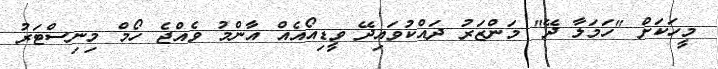
މީހަކަށް "ހަމަލާ ދޭ" މަންޒަރު ދައްކުވައިދޭ ވީޑިއޯއެއް އާންމު ވެއްޖެ ހޯމް މިނިސްޓަރު